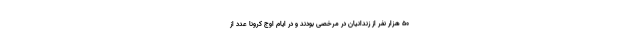
۵۰ هزار نفر از زندانیان در مرخصی بودند و در ایام اوج کرونا عدد از